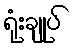
ရုံးချုပ်